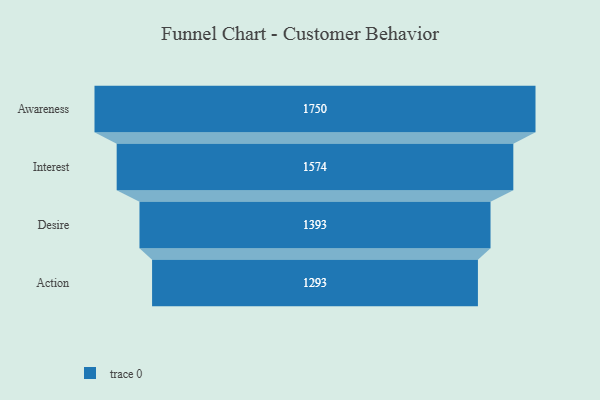
{"axis": {"x": "Stage", "y": "Value"}, "legend": [""], "data": [{"x": "Awareness", "y": 1750.0, "type": ""}, {"x": "Interest", "y": 1574.0, "type": ""}, {"x": "Desire", "y": 1393.0, "type": ""}, {"x": "Action", "y": 1293.0, "type": ""}]}